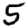
Digit: 5